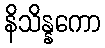
နိသိန္နကော